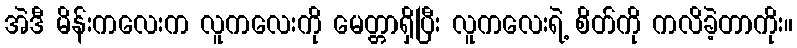
အဲဒီ မိန်းကလေးက လူကလေးကို မေတ္တာရှိပြီး လူကလေးရဲ့ စိတ်ကို ကလိခဲ့တာကိုး။